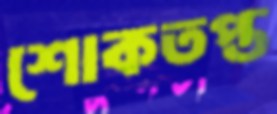
শোকতপ্ত